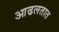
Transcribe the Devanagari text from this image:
आढलतात